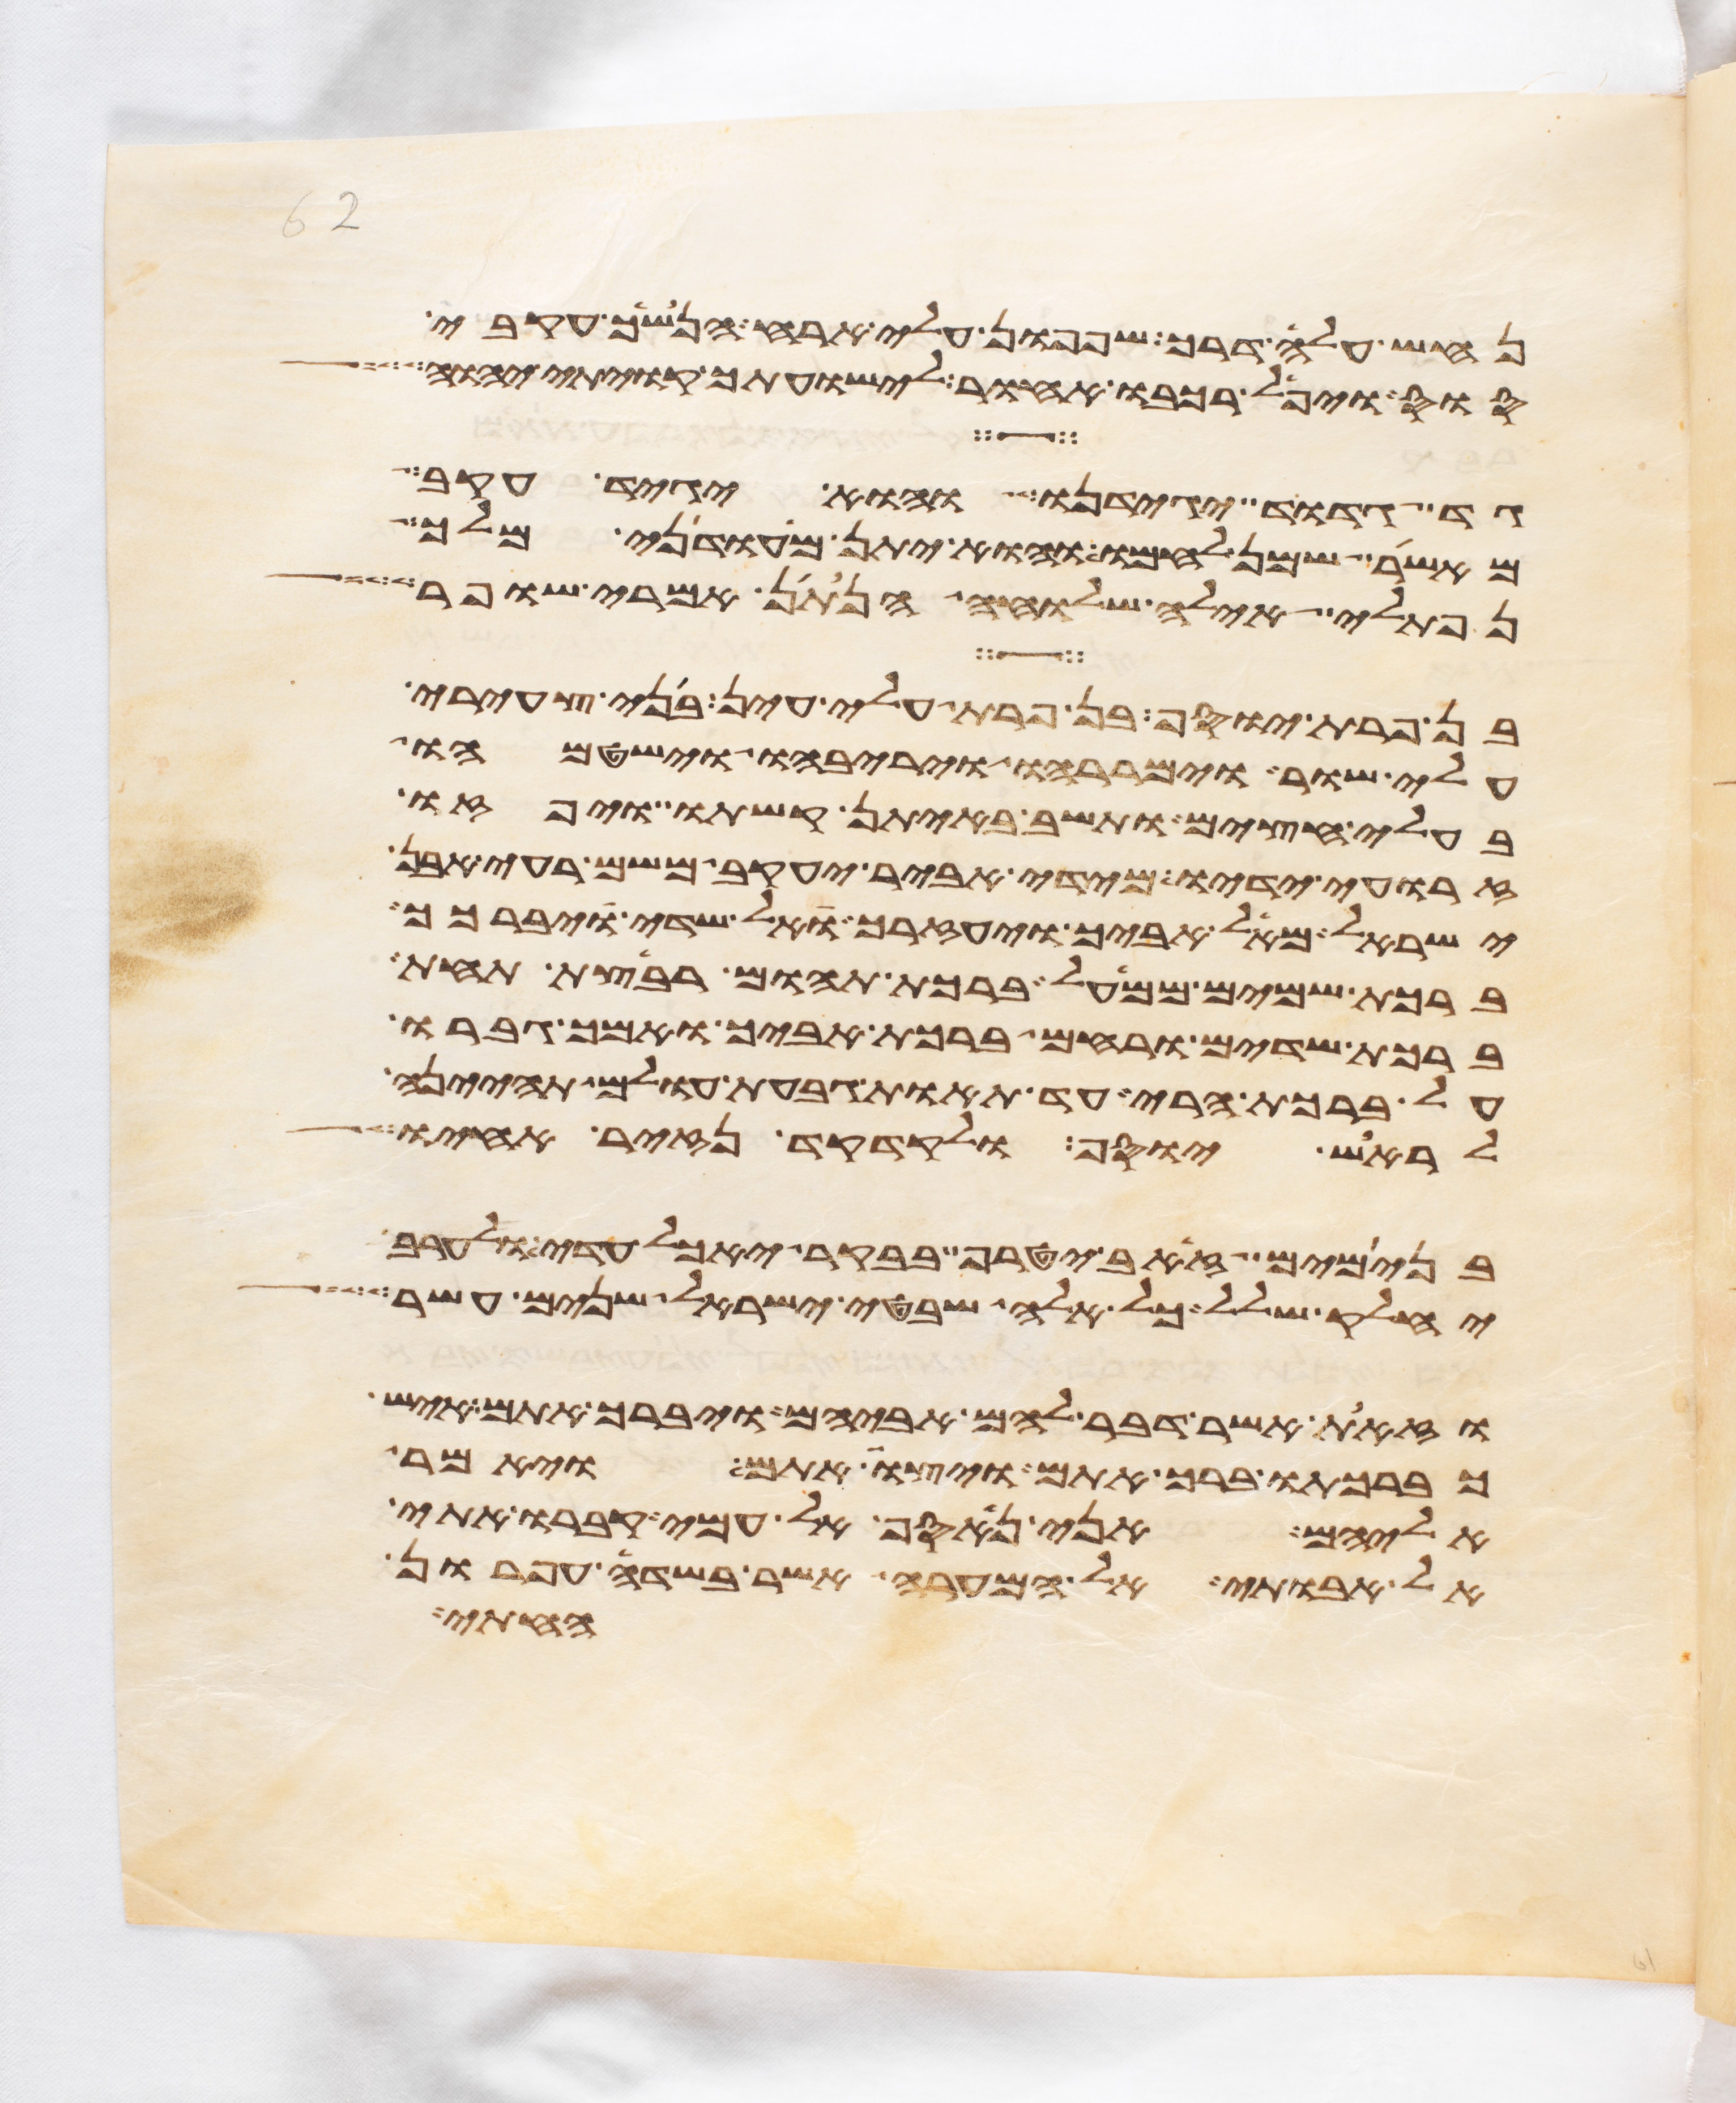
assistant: נחש עלה דרך שפפון עלי ארח הנשך עקבי
סוס ויפל רכבו אחור לישועתך קויתי יהוה
גד גדוד יגידנו והוא יגיד עקב
מאשר שמן לחמו והוא יתן מעדני מלך
נפתלי אילה שלוחה הנתן אמרי שפר
בן פרת יוסף בן פרת עלי עין בני צעירי
עלי שור וימררהו ויריבהו וישטמהו
בעלי חצים ותשב באיתן קשתו ויפזו
זרועי ידיו מידי אביר יעקב משם רעי אבן
ישראל מאל אביך ויעזרך אל שדי ויברכך
ברכת שמים ממעל ברכת תהום רבצת תחת
ברכת שדים ורחם ברכת אביך ואמך גברו
על ברכת הרי עד תאות גבעת עולם תהינה
לראש יוסף ולקדקד נזיר אחיו
בנימים זאב יטרף בבקר יאכל עדי ולערב
יחלק שלל כל אלה שבטי ישראל שנים עשר
וזאת אשר דבר להם אביהם ויברך אתם איש
כברכתו ברך אתם ויצו אתם ויאמר
אליהם אני נאסף אל עמי קברו אתי
אל אבותי אל המערה אשר בשדה עפרון
החתי